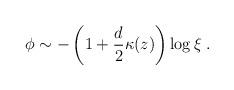
LaTeX: \begin{align*}\phi \sim - \left(1+ \frac{d}{2}\kappa (z) \right) \log \xi \; .\end{align*}